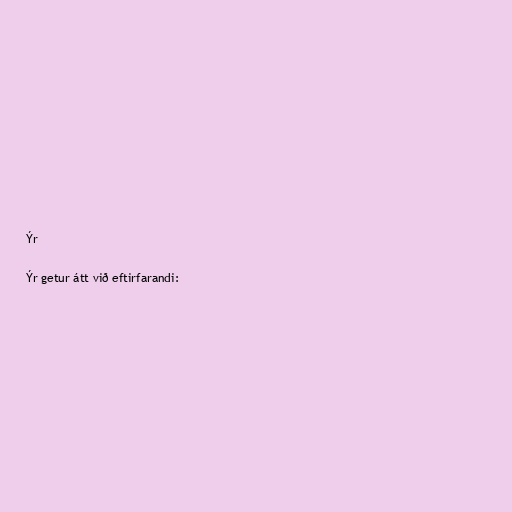
Ýr

Ýr getur átt við eftirfarandi: